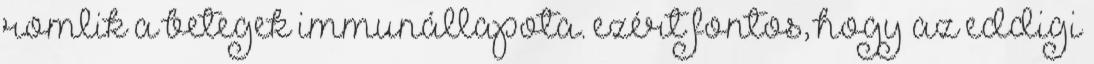
romlik a betegek immunállapota. ezért fontos, hogy az eddigi